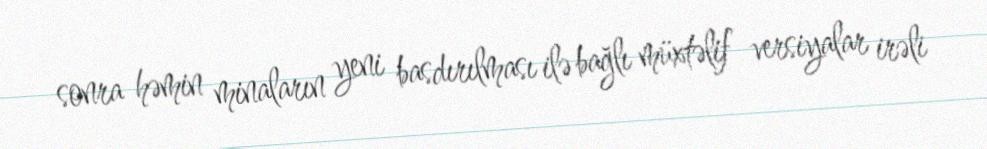
sonra həmin minaların yeni basdırılması ilə bağlı müxtəlif versiyalar irəli